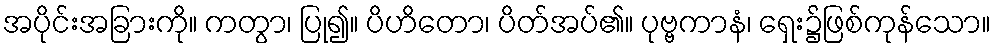
အပိုင်းအခြားကို။ ကတွာ၊ ပြု၍။ ပိဟိတော၊ ပိတ်အပ်၏။ ပုဗ္ဗကာနံ၊ ရှေး၌ဖြစ်ကုန်သော။